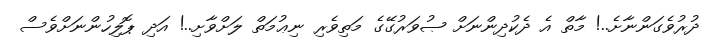
ދުރުވެގަންނާށެ..! މާތް އެ ދެކުދިންނަށް ޞުވަރުގޭގެ މަތިވެރި ނިޢުމަތް ލަށްވާށި..! އަދި ޕޮލިހުންނަށްވެސް